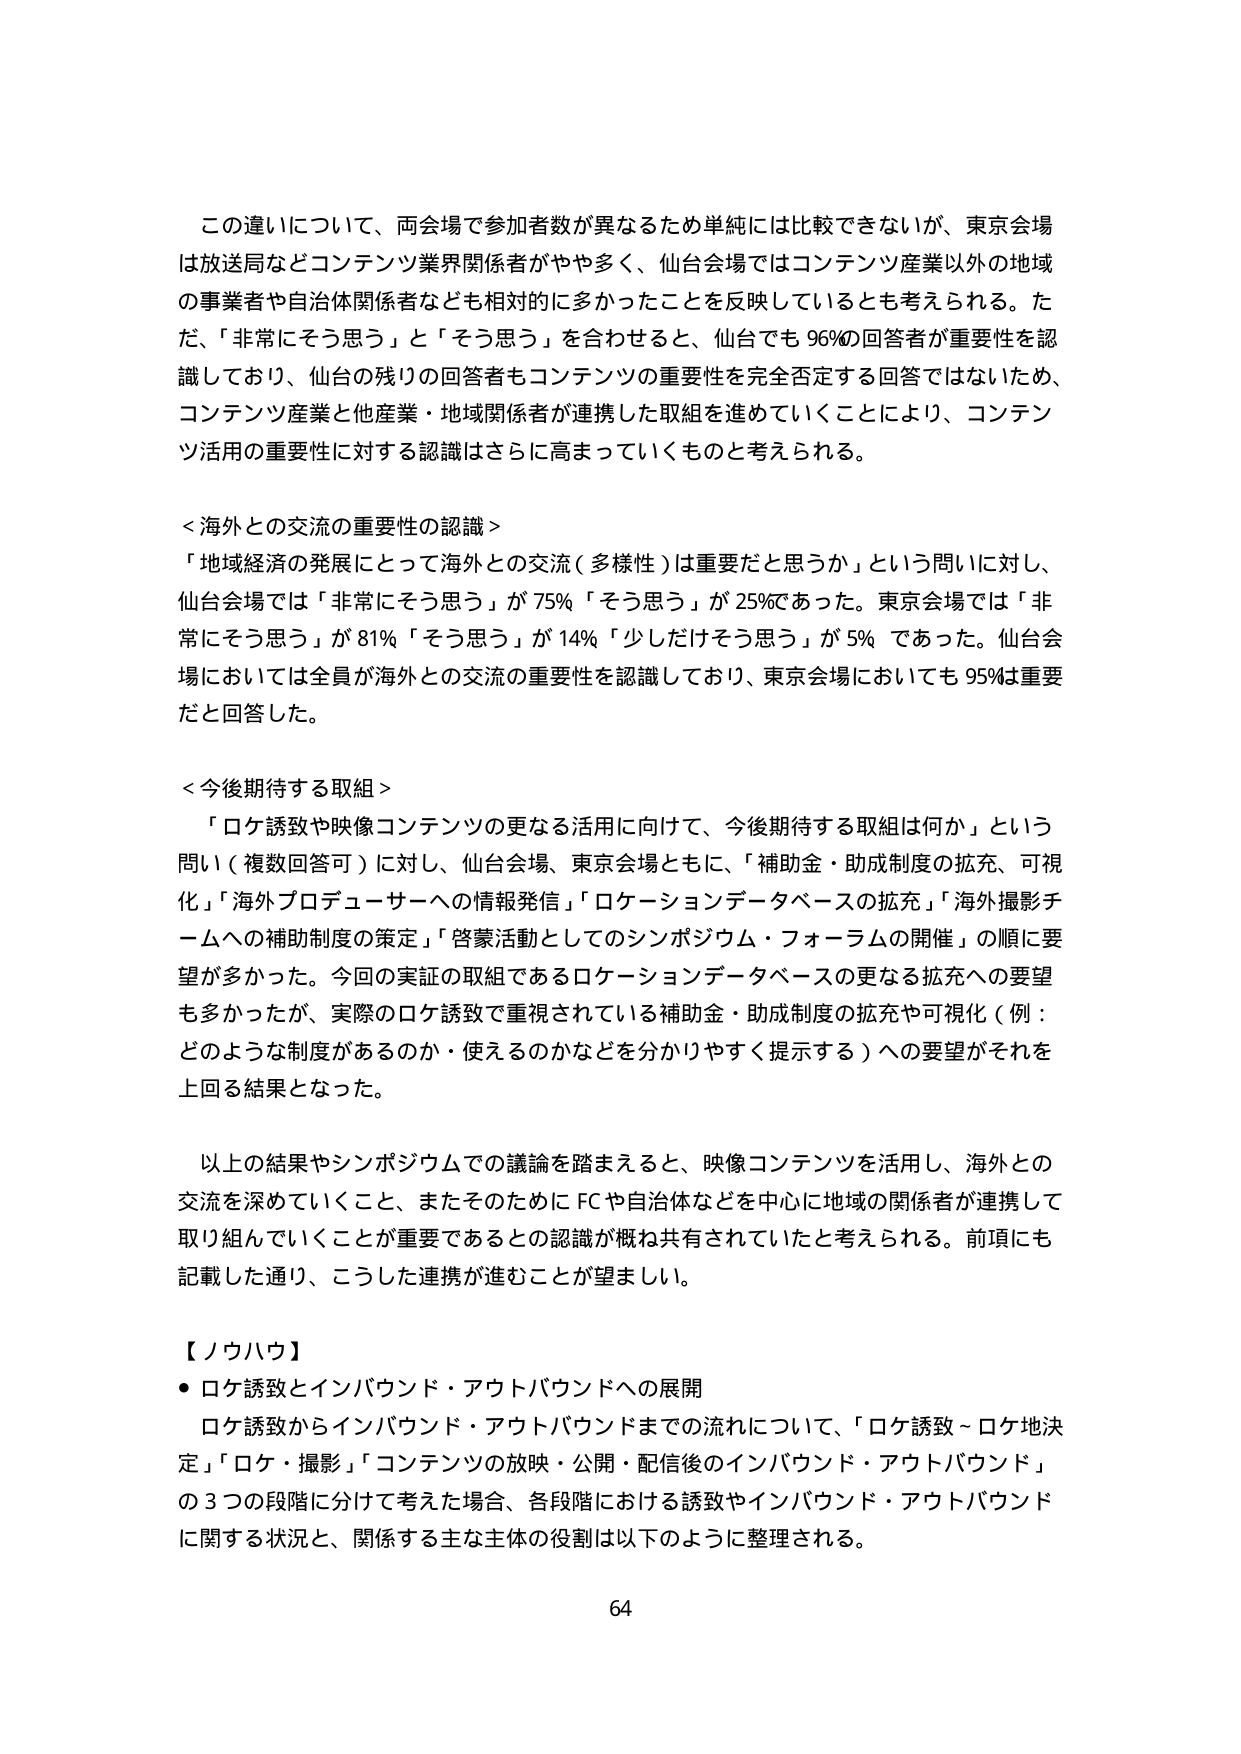
この違いについて、両会場で参加者数が異なるため単純には比較できないが、東京会場は放送局などコンテンツ業界関係者がやや多く、仙台会場ではコンテンツ産業以外の地域の事業者や自治体関係者なども相対的に多かったことを反映しているとも考えられる。ただ、「非常にそう思う」と「そう思う」を合わせると、仙台でも96%の回答者が重要性を認識しており、仙台の残りの回答者もコンテンツの重要性を完全否定する回答ではないため、コンテンツ産業と他産業・地域関係者が連携した取組を進めていくことにより、コンテンツ活用の重要性に対する認識はさらに高まっていくものと考えられる。

＜海外との交流の重要性の認識＞
「地域経済の発展にとって海外との交流（多様性）は重要だと思うか」という問いに対し、仙台会場では「非常にそう思う」が75%「そう思う」が25%であった。東京会場では「非常にそう思う」が81%「そう思う」が14%「少しだけそう思う」が5%であった。仙台会場においては全員が海外との交流の重要性を認識しており、東京会場においても95%は重要だと回答した。

＜今後期待する取組＞
「ロケ誘致や映像コンテンツの更なる活用に向けて、今後期待する取組は何か」という問い（複数回答可）に対し、仙台会場、東京会場ともに、「補助金・助成制度の拡充、可視化」「海外プロデューサーへの情報発信」「ロケーションデータベースの拡充」「海外撮影チームへの補助制度の策定」「啓蒙活動としてのシンポジウム・フォーラムの開催」の順に要望が多かった。今回の実証の取組であるロケーションデータベースの更なる拡充への要望も多かったが、実際のロケ誘致で重視されている補助金・助成制度の拡充や可視化（例：どのような制度があるのか・使えるのかなどを分かりやすく提示する）への要望がそれを上回る結果となった。

以上の結果やシンポジウムでの議論を踏まえると、映像コンテンツを活用し、海外との交流を深めていくこと、またそのためにFCや自治体などを中心に地域の関係者が連携して取り組んでいくことが重要であるとの認識が概ね共有されていたと考えられる。前項にも記載した通り、こうした連携が進むことが望ましい。

【ノウハウ】
・ロケ誘致とインバウンド・アウトバウンドへの展開
ロケ誘致からインバウンド・アウトバウンドまでの流れについて、「ロケ誘致～ロケ地決定」「ロケ・撮影」「コンテンツの放映・公開・配信後のインバウンド・アウトバウンド」の3つの段階に分けて考えた場合、各段階における誘致やインバウンド・アウトバウンドに関する状況と、関係する主な主体の役割は以下のように整理される。

64